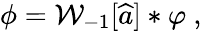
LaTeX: \phi={\cal W}_{-1}[\widehat{a}]\ast\varphi\ ,